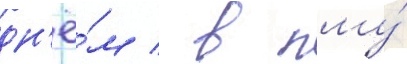
дн'ё́м / в пму́